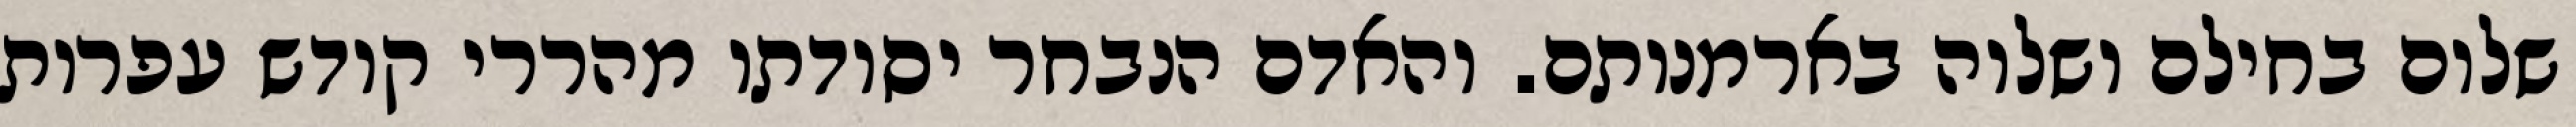
שלום בחילם ושלוה בארמנותם. והאדם הנבחר יסודתו מהררי קודש עפרות